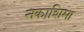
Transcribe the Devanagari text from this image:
नकाशिमा